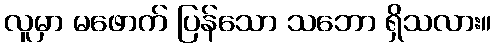
လူမှာ မဖောက် ပြန်သော သဘော ရှိသလား။